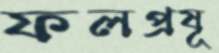
ফলপ্রষূ